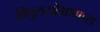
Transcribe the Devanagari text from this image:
बिपुलसोंग्रामास